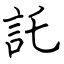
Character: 託